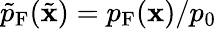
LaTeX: \tilde{p}_{\mathrm{F}}(\tilde{\mathbf{x}})=p_{\mathrm{F}}(\mathbf{x})/p_{0}